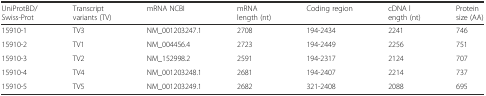
| UniProtBD/Swiss-Prot | Transcript variants (TV) | mRNA NCBI | mRNA length (nt) | Coding region | cDNA length (nt) | Protein size (AA) |
 | --- | --- | --- | --- | --- | --- | --- |
 | 15910-1 | TV3 | NM_001203247.1 | 2708 | 194-2434 | 2241 | 746 |
 | 15910-2 | TV1 | NM_004456.4 | 2723 | 194-2449 | 2256 | 751 |
 | 15910-3 | TV2 | NM_152998.2 | 2591 | 194-2317 | 2124 | 707 |
 | 15910-4 | TV4 | NM_001203248.1 | 2681 | 194-2407 | 2214 | 737 |
 | 15910-5 | TV5 | NM_001203249.1 | 2682 | 321-2408 | 2088 | 695 |